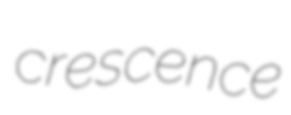
crescence